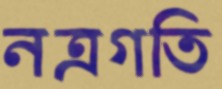
নত্রগতি